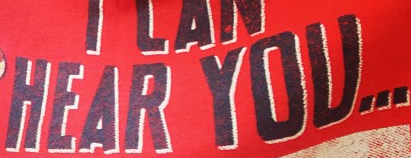
HEAR YOU...